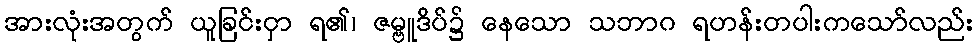
အားလုံးအတွက် ယူခြင်းငှာ ရ၏၊ ဇမ္ဗူဒိပ်၌ နေသော သဘာဂ ရဟန်းတပါးကသော်လည်း